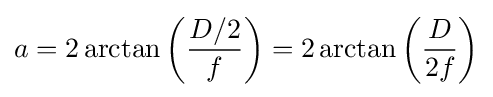
a=2\arctan \left({\frac {D/2}{f}}\right)=2\arctan \left({\frac {D}{2f}}\right)